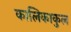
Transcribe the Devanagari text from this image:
कालिकाकुल